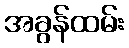
အခွန်ထမ်း